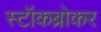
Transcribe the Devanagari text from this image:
स्‍टॉकब्रोकर